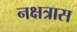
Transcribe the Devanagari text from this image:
नक्षत्रास